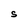
Character: S